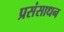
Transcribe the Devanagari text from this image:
प्रसंसाधन